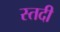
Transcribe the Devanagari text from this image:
स्तदी